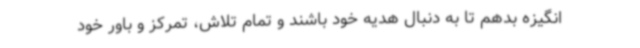
انگیزه بدهم تا به دنبال هدیه خود باشند و تمام تلاش، تمرکز و باور خود